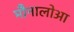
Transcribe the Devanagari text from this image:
मौनालोआ